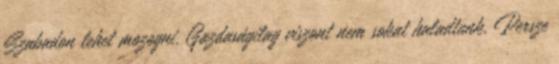
Szabadon lehet mozogni. Gazdaságilag viszont nem sokat haladtunk. Persze